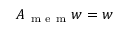
A _ { \mathrm { ~ m ~ e ~ m ~ } } w = w